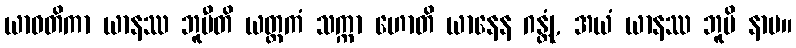
ယာဝတိကာ ယာနဿ ဘူမီတိ ယတ္တကံ သက္ကာ ဟောတိ ယာနေန ဂန္တုံ, အယံ ယာနဿ ဘူမိ နာမ။